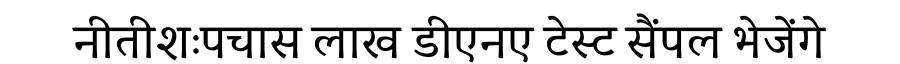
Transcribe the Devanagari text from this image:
नीतीशःपचास लाख डीएनए टेस्ट सैंपल भेजेंगे